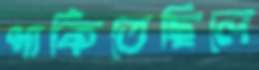
পাকিতেছিলে